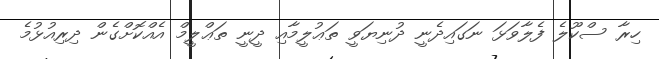
ހިރާ ސްކޫލެ ފެލާވަޅަ ނަގައިދެނީ ދުނިޔަވީ ތަޢުލީމާއި ދީނީ ތަޢްލީމް އެއްކޮށްގެން ދިރިއުޅުމެ